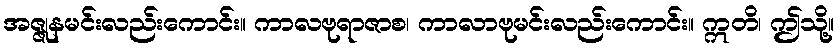
အဇ္ဇုနမင်းလည်းကောင်း။ ကာလဗုရာဇာစ၊ ကာလာဗုမင်းလည်းကောင်း။ ဣတိ၊ ဤသို့။